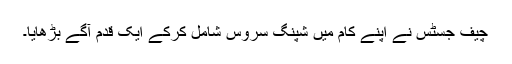
چیف جسٹس نے اپنے کام میں شپنگ سروس شامل کرکے ایک قدم آگے بڑھایا۔